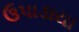
ઉપાડાયા